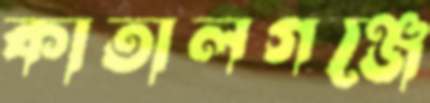
কাতালগঞ্জে